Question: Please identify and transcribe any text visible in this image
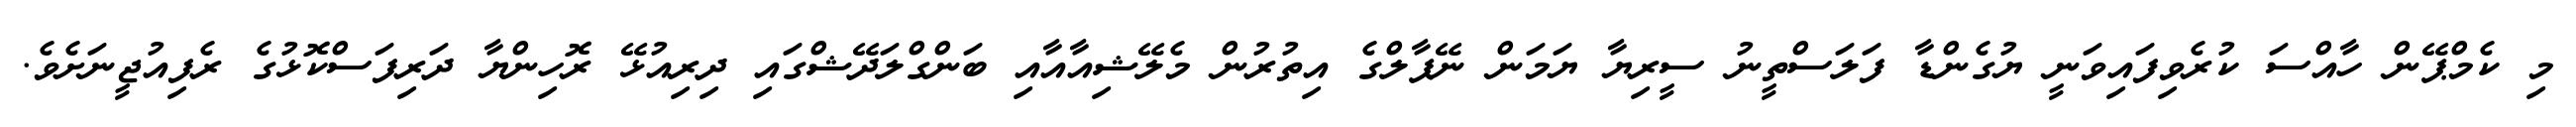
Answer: މި ކެމްޕޭން ހާއްސަ ކުރެވިފައިވަނީ ޔުގެންޑާ ފަލަސްތީނު ސީރިޔާ ޔަމަން ނޭޕާލްގެ އިތުރުން މެލޭޝިއާއާއި ބަންގްލަދޭޝްގައި ދިރިއުޅޭ ރޮހިންޔާ ދަރިފަސްކޮޅުގެ ރެފިއުޖީނަށެވެ.